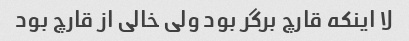
لا اینکه قارچ برگر بود ولی خالی از قارچ بود